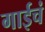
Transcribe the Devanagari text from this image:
गाईचं